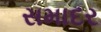
સમાદર